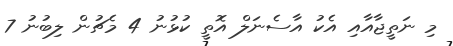
މި ނަތީޖާއާއި އެކު އާސެނަލް އޮތީ ކުޅުނު 4 މެޗުން ލިބުނު 7